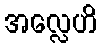
အလ္လေဟိ